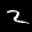
Label: 2